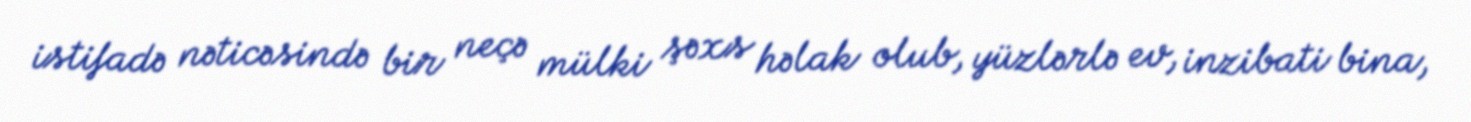
istifadə nəticəsində bir neçə mülki şəxs həlak olub, yüzlərlə ev, inzibati bina,